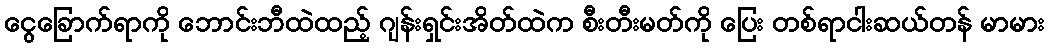
ငွေခြောက်ရာကို ဘောင်းဘီထဲထည့် ဂျန်းရှင်းအိတ်ထဲက စီးတီးမတ်ကို ပြေး တစ်ရာငါးဆယ်တန် မာမား